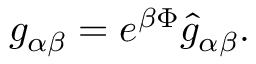
g _ { \alpha \beta } = e ^ { \beta \Phi } \hat { g } _ { \alpha \beta } .